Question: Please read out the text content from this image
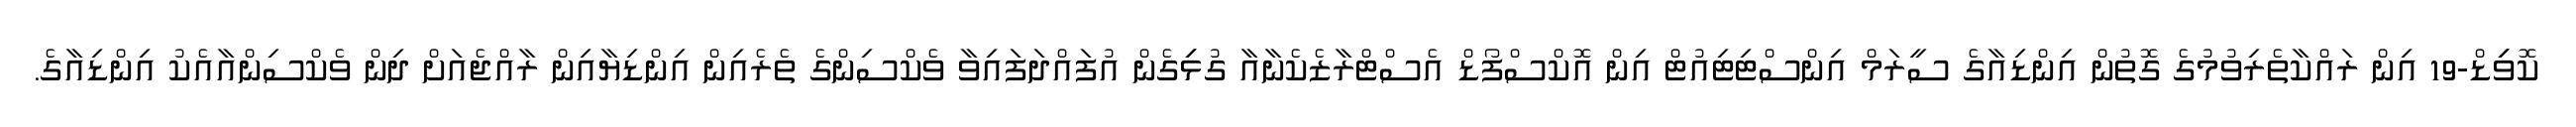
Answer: ކޮވިިޑް-19 އިން ރައްކާތެރިވުމުގެ ގޮތުން އިންޑިއާގެ ސީރަމް އިންސްޓިޓިއުޓް އިން އޮކްސްފޯޑް އެސްޓްރާޒެކެނާއާ ގުޅިިގެން އުފައްދަފައިވާ ވެކްސިންގެ ތެރެއިން އިންޑިޔާއިން ރާއްޖެއަށް ދިން ވެކްސިންއާއެކު އިންޑިއާގެ.